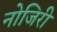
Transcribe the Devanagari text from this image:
नोजिरी